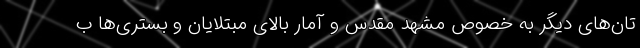
تان‌های دیگر به خصوص مشهد مقدس و آمار بالای مبتلایان و بستری‌ها ب